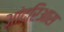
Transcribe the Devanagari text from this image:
आंद्रिआस